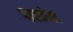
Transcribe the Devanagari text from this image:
पास्कोल